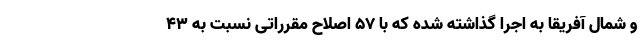
و شمال آفریقا به اجرا گذاشته شده که با ۵۷ اصلاح مقرراتی نسبت به ۴۳